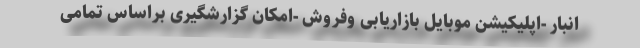
انبار -اپلیکیشن موبایل بازاریابی وفروش -امکان گزارشگیری براساس تمامی